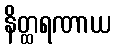
နိတ္ထရဏာယ